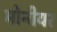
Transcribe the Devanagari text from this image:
मोनीयर